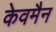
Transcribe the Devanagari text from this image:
केवमैन